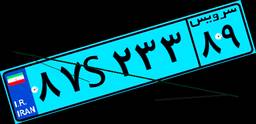
۲۹S۵۹۵۶۸